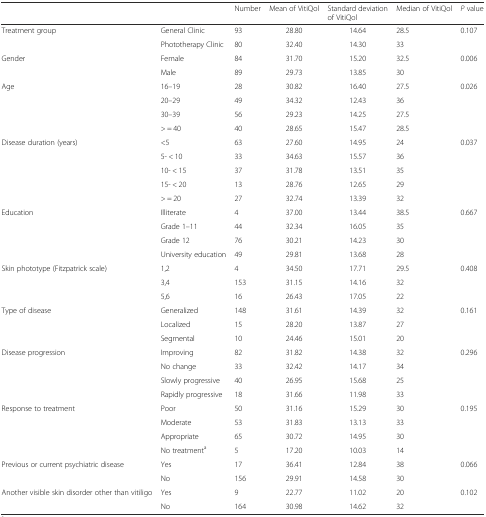
<table><thead><tr><td></td><td></td><td><b>Number</b></td><td><b>Mean of VitiQol</b></td><td><b>Standard deviation of VitiQol</b></td><td><b>Median of VitiQol</b></td><td><b><i>P</i> value</b></td></tr></thead><tbody><tr><td rowspan="2">Treatment group</td><td>General Clinic</td><td>93</td><td>28.80</td><td>14.64</td><td>28.5</td><td rowspan="2">0.107</td></tr><tr><td>Phototherapy Clinic</td><td>80</td><td>32.40</td><td>14.30</td><td>33</td></tr><tr><td rowspan="2">Gender</td><td>Female</td><td>84</td><td>31.70</td><td>15.20</td><td>32.5</td><td rowspan="2">0.006</td></tr><tr><td>Male</td><td>89</td><td>29.73</td><td>13.85</td><td>30</td></tr><tr><td rowspan="4">Age</td><td>16–19</td><td>28</td><td>30.82</td><td>16.40</td><td>27.5</td><td rowspan="4">0.026</td></tr><tr><td>20–29</td><td>49</td><td>34.32</td><td>12.43</td><td>36</td></tr><tr><td>30–39</td><td>56</td><td>29.23</td><td>14.25</td><td>27.5</td></tr><tr><td>&gt; = 40</td><td>40</td><td>28.65</td><td>15.47</td><td>28.5</td></tr><tr><td rowspan="5">Disease duration (years)</td><td>&lt;5</td><td>63</td><td>27.60</td><td>14.95</td><td>24</td><td rowspan="5">0.037</td></tr><tr><td>5- &lt; 10</td><td>33</td><td>34.63</td><td>15.57</td><td>36</td></tr><tr><td>10- &lt; 15</td><td>37</td><td>31.78</td><td>13.51</td><td>35</td></tr><tr><td>15- &lt; 20</td><td>13</td><td>28.76</td><td>12.65</td><td>29</td></tr><tr><td>&gt; = 20</td><td>27</td><td>32.74</td><td>13.39</td><td>32</td></tr><tr><td rowspan="4">Education</td><td>Illiterate</td><td>4</td><td>37.00</td><td>13.44</td><td>38.5</td><td rowspan="4">0.667</td></tr><tr><td>Grade 1–11</td><td>44</td><td>32.34</td><td>16.05</td><td>35</td></tr><tr><td>Grade 12</td><td>76</td><td>30.21</td><td>14.23</td><td>30</td></tr><tr><td>University education</td><td>49</td><td>29.81</td><td>13.68</td><td>28</td></tr><tr><td rowspan="3">Skin phototype (Fitzpatrick scale)</td><td>1,2</td><td>4</td><td>34.50</td><td>17.71</td><td>29.5</td><td rowspan="3">0.408</td></tr><tr><td>3,4</td><td>153</td><td>31.15</td><td>14.16</td><td>32</td></tr><tr><td>5,6</td><td>16</td><td>26.43</td><td>17.05</td><td>22</td></tr><tr><td rowspan="3">Type of disease</td><td>Generalized</td><td>148</td><td>31.61</td><td>14.39</td><td>32</td><td rowspan="3">0.161</td></tr><tr><td>Localized</td><td>15</td><td>28.20</td><td>13.87</td><td>27</td></tr><tr><td>Segmental</td><td>10</td><td>24.46</td><td>15.01</td><td>20</td></tr><tr><td rowspan="4">Disease progression</td><td>Improving</td><td>82</td><td>31.82</td><td>14.38</td><td>32</td><td rowspan="4">0.296</td></tr><tr><td>No change</td><td>33</td><td>32.42</td><td>14.17</td><td>34</td></tr><tr><td>Slowly progressive</td><td>40</td><td>26.95</td><td>15.68</td><td>25</td></tr><tr><td>Rapidly progressive</td><td>18</td><td>31.66</td><td>11.98</td><td>33</td></tr><tr><td rowspan="4">Response to treatment</td><td>Poor</td><td>50</td><td>31.16</td><td>15.29</td><td>30</td><td rowspan="4">0.195</td></tr><tr><td>Moderate</td><td>53</td><td>31.83</td><td>13.13</td><td>33</td></tr><tr><td>Appropriate</td><td>65</td><td>30.72</td><td>14.95</td><td>30</td></tr><tr><td>No treatment<sup>a</sup></td><td>5</td><td>17.20</td><td>10.03</td><td>14</td></tr><tr><td rowspan="2">Previous or current psychiatric disease</td><td>Yes</td><td>17</td><td>36.41</td><td>12.84</td><td>38</td><td rowspan="2">0.066</td></tr><tr><td>No</td><td>156</td><td>29.91</td><td>14.58</td><td>30</td></tr><tr><td rowspan="2">Another visible skin disorder other than vitiligo</td><td>Yes</td><td>9</td><td>22.77</td><td>11.02</td><td>20</td><td rowspan="2">0.102</td></tr><tr><td>No</td><td>164</td><td>30.98</td><td>14.62</td><td>32</td></tr></tbody></table>